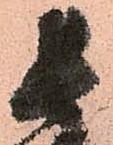
長